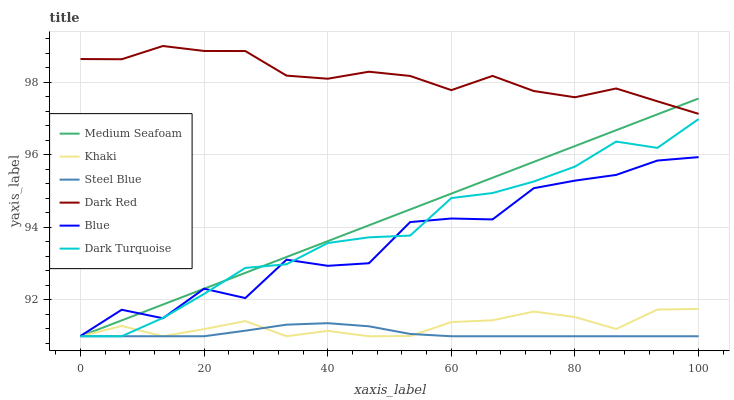
| xaxis_label | Medium Seafoam | Khaki | Steel Blue | Dark Red | Blue | Dark Turquoise |
 | --- | --- | --- | --- | --- | --- | --- |
 | 0 | 91 | 91 | 91 | 98.6 | 91 | 91 |
 | 6.67 | 91.4 | 91.3 | 91 | 98.6 | 91.7 | 91 |
 | 13.3 | 91.9 | 91 | 91 | 99 | 91.5 | 91.5 |
 | 20 | 92.3 | 91.2 | 91 | 98.9 | 92.3 | 92.2 |
 | 26.7 | 92.7 | 91.4 | 91.2 | 98.9 | 92.1 | 92.9 |
 | 33.3 | 93.2 | 91 | 91.3 | 98.2 | 93.1 | 93 |
 | 40 | 93.6 | 91.1 | 91.4 | 98.1 | 92.9 | 93.6 |
 | 46.7 | 94.1 | 91 | 91.3 | 98.3 | 93 | 93.7 |
 | 53.3 | 94.5 | 91 | 91.1 | 98.2 | 94.1 | 93.8 |
 | 60 | 94.9 | 91.4 | 91 | 97.8 | 94.2 | 94.8 |
 | 66.7 | 95.4 | 91.4 | 91 | 98.2 | 94.2 | 94.9 |
 | 73.3 | 95.8 | 91.7 | 91 | 97.8 | 95.1 | 95.3 |
 | 80 | 96.2 | 91.5 | 91 | 97.6 | 95.3 | 95.7 |
 | 86.7 | 96.7 | 91.2 | 91 | 97.8 | 95.4 | 96.4 |
 | 93.3 | 97.1 | 91.7 | 91 | 97.5 | 95.8 | 96.2 |
 | 100 | 97.6 | 91.8 | 91 | 97.1 | 95.9 | 97 |